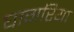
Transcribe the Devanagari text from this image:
घागरिया